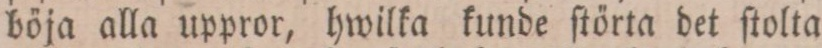
böja alla uppror, hwilka kunde ſtörta det ſtolta